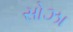
સોઝા